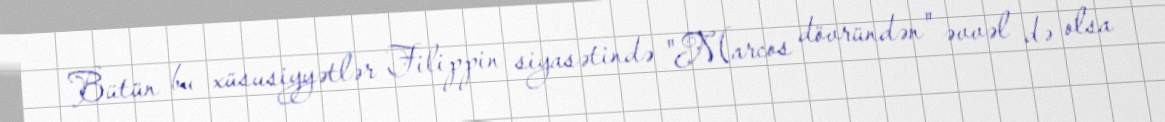
Bütün bu xüsusiyyətlər Filippin siyasətində "Marcos dövründən" əvvəl də olsa